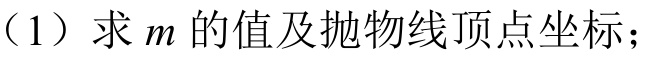
（1）求 \(m\) 的值及抛物线顶点坐标；